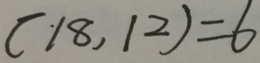
( 1 8 , 1 2 ) = 6